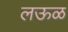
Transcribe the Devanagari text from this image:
लऊळ